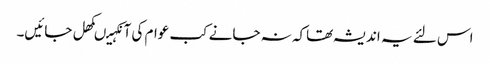
اس لئے یہ اندیشہ تھاکہ نہ جانے کب عوام کی آنکہیںکھل جائیں۔